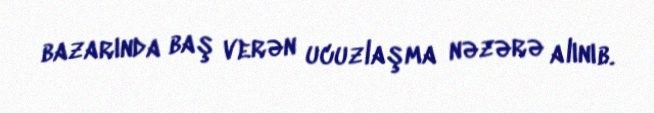
bazarında baş verən ucuzlaşma nəzərə alınıb.